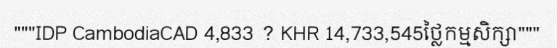
"""IDP CambodiaCAD 4,833 ? KHR 14,733,545ថ្លៃកម្មសិក្សា"""